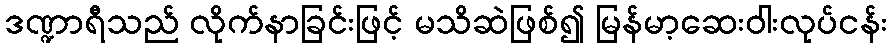
ဒဏ္ဍာရီသည် လိုက်နာခြင်းဖြင့် မသိဆဲဖြစ်၍ မြန်မာ့ဆေးဝါးလုပ်ငန်း